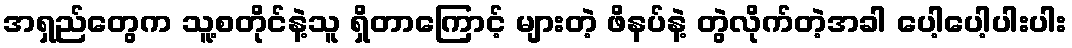
အရှည်တွေက သူ့စတိုင်နဲ့သူ ရှိတာကြောင့် များတဲ့ ဖိနပ်နဲ့ တွဲလိုက်တဲ့အခါ ပေါ့ပေါ့ပါးပါး